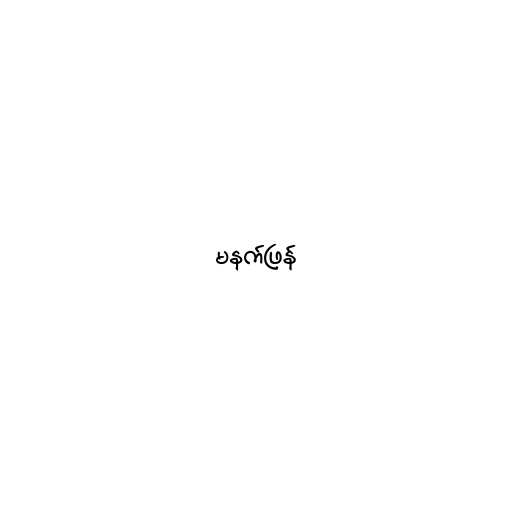
မနက်ဖြန်